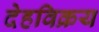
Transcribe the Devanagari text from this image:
देहविक्रय